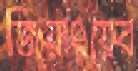
জিয়াংয়ের